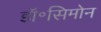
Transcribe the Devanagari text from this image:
डॉ॰सिमोन